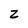
Character: Z